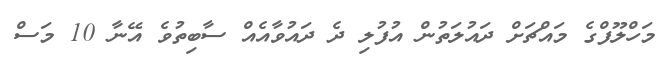
މަހްލޫފްގެ މައްޗަށް ދައުލަތުން އުފުލި ދެ ދައުވާއެއް ސާބިތުވެ އޭނާ 10 މަސް